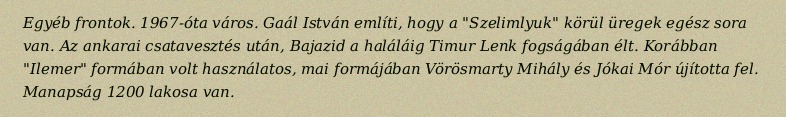
Egyéb frontok. 1967-óta város. Gaál István említi, hogy a "Szelimlyuk" körül üregek egész sora van. Az ankarai csatavesztés után, Bajazid a haláláig Timur Lenk fogságában élt. Korábban "Ilemer" formában volt használatos, mai formájában Vörösmarty Mihály és Jókai Mór újította fel. Manapság 1200 lakosa van.